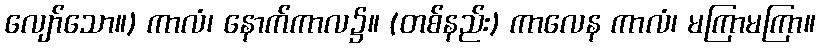
လျော်သော။) ကာလံ၊ နောက်ကာလ၌။ (တစ်နည်း) ကာလေန ကာလံ၊ မကြာမကြာ။